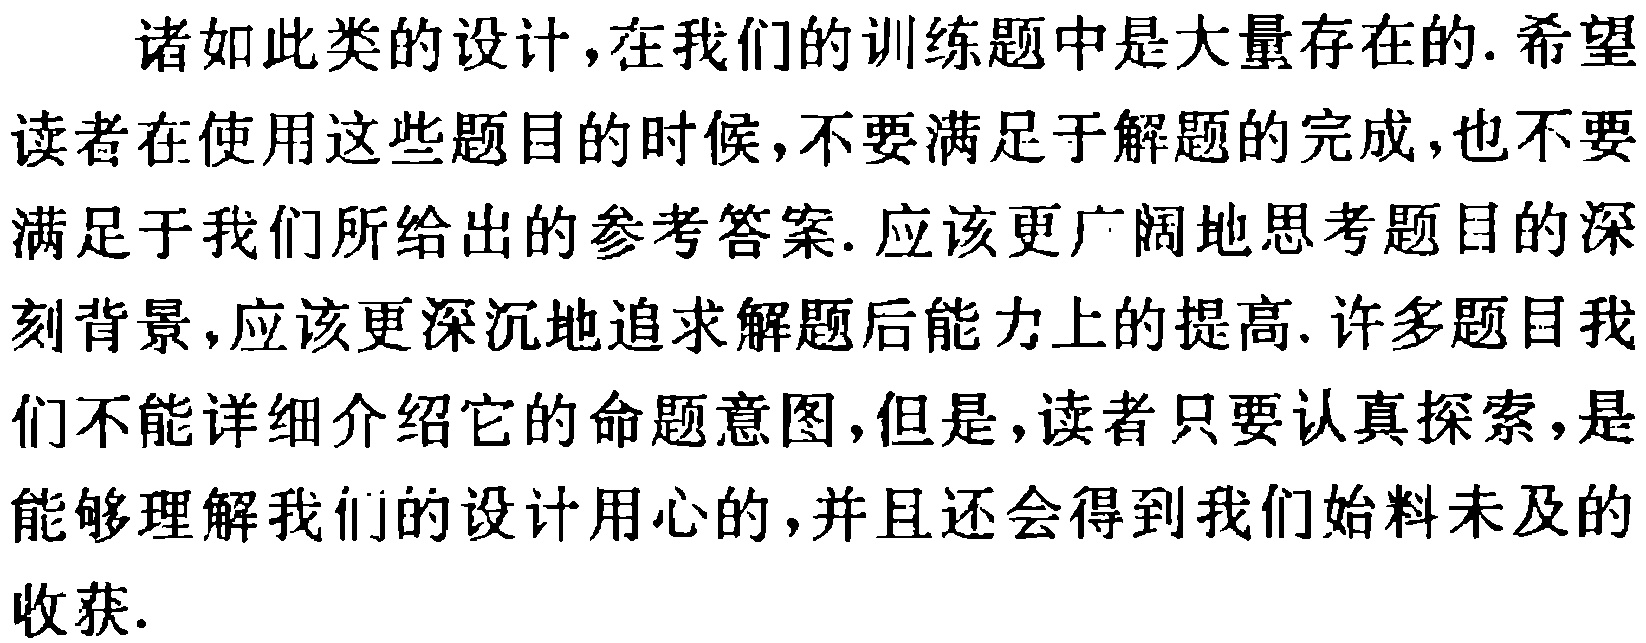
诸如此类的设计，在我们的训练题中是大量存在的. 希望读者在使用这些题目的时候，不要满足于解题的完成，也不要满足于我们所给出的参考答案. 应该更广阔地思考题目的深刻背景，应该更深沉地追求解题后能力上的提高. 许多题目我们不能详细介绍它的命题意图，但是，读者只要认真探索，是能够理解我们的设计用心的，并且还会得到我们始料未及的收获.